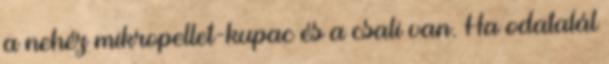
a nehéz mikropellet-kupac és a csali van. Ha odatalál